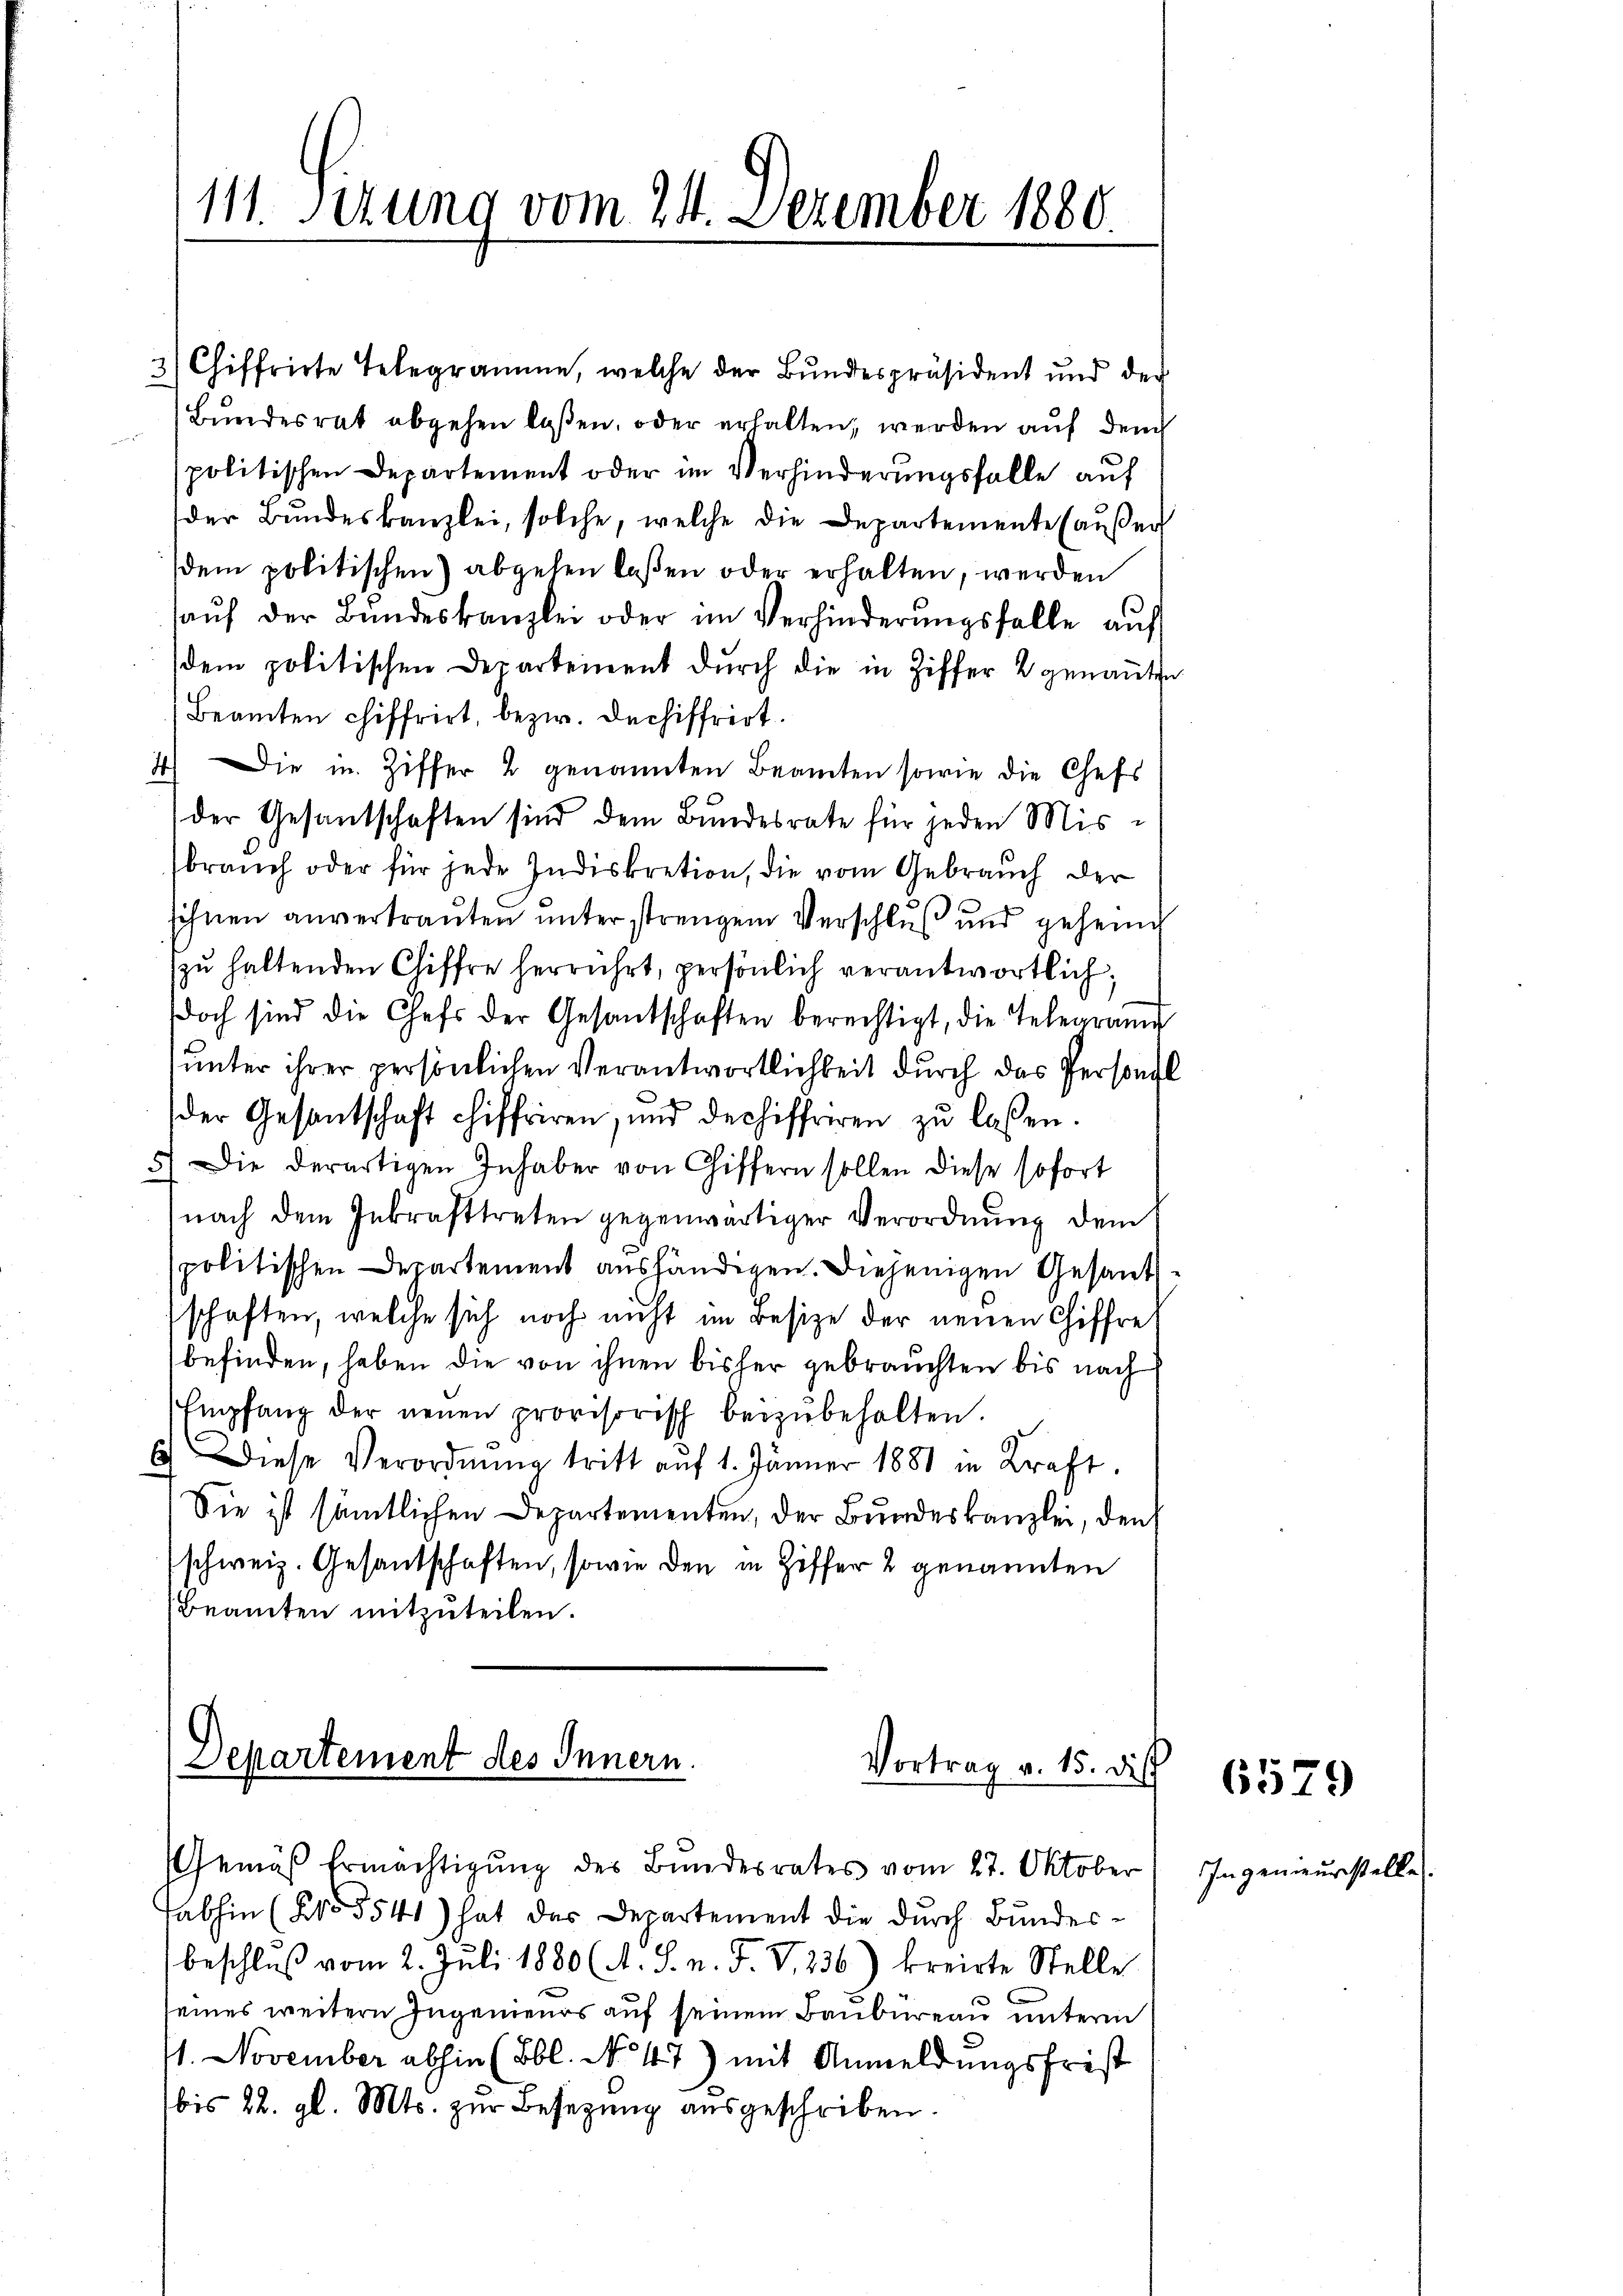
111. Sizung vom 24. Dezember 1880.

3

Chiffrirte Telegramme, welche der Bundespräsident und der
Bundesrat abgehen laßen, oder erhalten, werden auf den
spolitischen Departement oder im Verhinderungsfalle auf
der Bŭndeskanzlei, solche, welche die Departemente (aŭβer
dem politischen) abgehen laßen oder erhalten, werden
aŭf der Bŭndeskanzlei oder im Verhinderŭngsfalle aŭf
dem politischen Departement durch die in Ziffer 2 genannten
Beamten chiffrirt, bezw. Dechiffrirt.
4) Die in Ziffer 2 genannten Beamten sowie die Chefs
der Gesantschaften sind dem Bundesrate für jeden Misbrauch oder für jede Indiskretion, die vom Gebrauch der
sihnen anvertrauten unter strengem Verschluß und geheim
zŭ haltenden Chiffre herrührt, persönlich verantwortlich;
doch sind die Chefs der Gesandschaften berechtigt, die Telegram
unter ihrer persönlichen Verantwortlichkeit durch das Personal
der Gesantschaft chiffriren, und dechiffreren zŭ lassen.
5. Die derartigen Inhaber von Giffern sollen diese sofort
nach dem Inkrafttreten gegenwärtiger Verordnung dem
spolitischen Departement aushändigen. Diejenigen Gesandtschaften, welche sich noch nicht im Besize der neuen Chiffret
befinden, haben die von ihnen bisher gebrauchten bis nach
Empfang der neŭen provisorisch beizŭbehalten.
E.) Diese Verordnŭng tritt aŭf 1. Jänner 1881 in Kraft.
Sie ist sämtlichen Departementen, der Bundeskanzlei, den
schweiz. Gesandschaften, sowie den in Ziffer 2 genannten
Beamten mitzuteilen.

Departement des Innern.
Vortrag v. 15. dies

beschluß vom 2. Juli 1880 (A. S. n. F. V., 236) kreiste Stelle
seines weitern Ingenieurs auf seinem Baubureau unterm
1. November abhin (Bbl. No 47) mit Anmeldungsfrist
bis 22. gl. Mts. zur Besetzung ausgeschriben.

Gemäβ Ermächtigŭng des Bundesrates vom 27. Oktober
abhin (2055541) hat das Departement die durch Bundes¬

6579

Ingeneurstelle